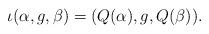
LaTeX: \begin{align*}\iota(\alpha, g, \beta) = (Q(\alpha), g, Q(\beta)).\end{align*}